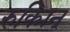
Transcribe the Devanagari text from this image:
रुक्मिन्‌